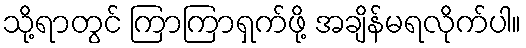
သို့ရာတွင် ကြာကြာရှက်ဖို့ အချိန်မရလိုက်ပါ။